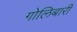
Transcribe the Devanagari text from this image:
गोलिबारी